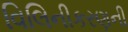
વિલિનીકરણની